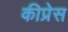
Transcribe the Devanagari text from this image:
कीप्रेस